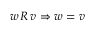
w \, R \, v \Rightarrow w = v